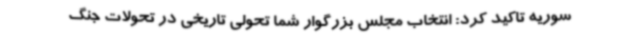
سوریه تاکید کرد: انتخاب مجلس بزرگوار شما تحولی تاریخی در تحولات جنگ